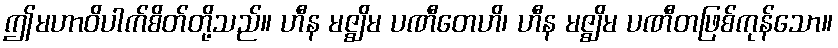
ဤမဟာဝိပါက်စိတ်တို့သည်။ ဟီန မဇ္ဈိမ ပဏီတေဟိ၊ ဟီန မဇ္ဈိမ ပဏီတဖြစ်ကုန်သော။